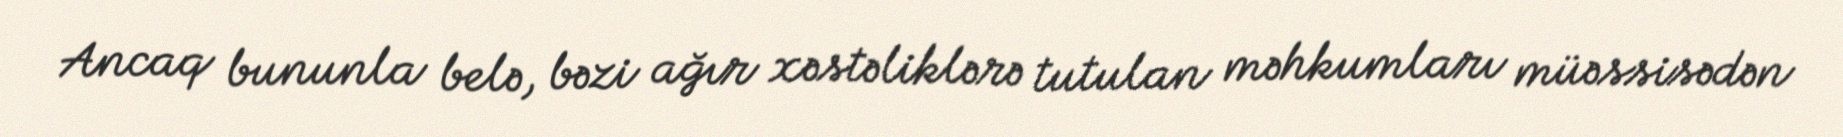
Ancaq bununla belə, bəzi ağır xəstəliklərə tutulan məhkumları müəssisədən